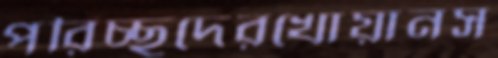
পরিচ্ছদেরখোয়ানস